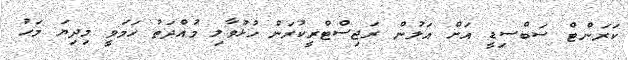
ކަރަންޓް ސަބްސިޑީ އަށް އަލުން ރަޖިސްޓްރީކުރަން ހުޅުވާލި މުއްދަތު ހަމަވީ މިދިޔަ މަހު